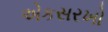
એકસરખો